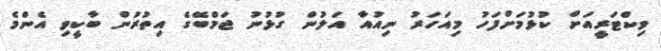
ވިކްޓަރީއަށް ކުޅުމަށްފަހު މިއަހަރު ނިއުއާ އަލުން ގުޅުނު ޖަމްބޭގެ އިތުރުން ބާކީވި އެންމެ